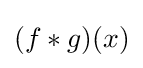
(f*g)(x)